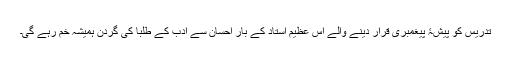
تدریس کو پیشۂ پیغمبری قرار دینے والے اس عظیم استاد کے بار احسان سے ادب کے طلبا کی گردن ہمیشہ خم رہے گی۔